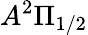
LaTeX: A^{2}\Pi_{1/2}